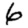
Digit: 6